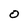
Character: O